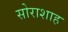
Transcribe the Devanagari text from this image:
सोराशाह